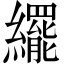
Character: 𬘊